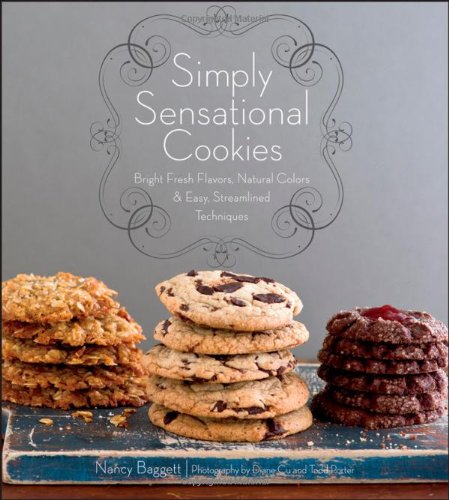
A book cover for Simply Sensational Cookies; Nancy Baggett; Cookbooks, Food & Wine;